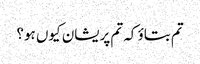
تم بتاؤ کہ تم پریشان کیوں ہو؟